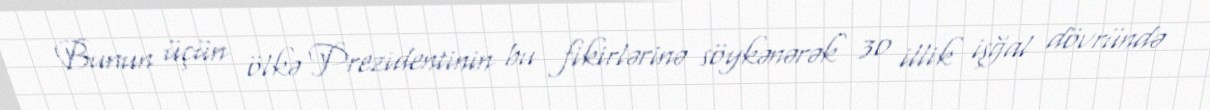
Bunun üçün ölkə Prezidentinin bu fikirlərinə söykənərək 30 illik işğal dövründə